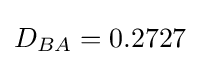
D_{BA}=0.2727